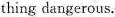
thing dangerous.